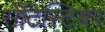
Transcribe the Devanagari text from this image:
सेंटिस्टियर